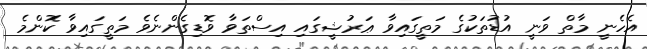
އެހެނީ މާތް ވަނީ އުޑުތަކުގެ މަތީގައިވާ ޢަރުޝީގައި އިސްތަވާ ވޮޑިގެންނެވެ މަތީގައިވާ ކޮންމެ